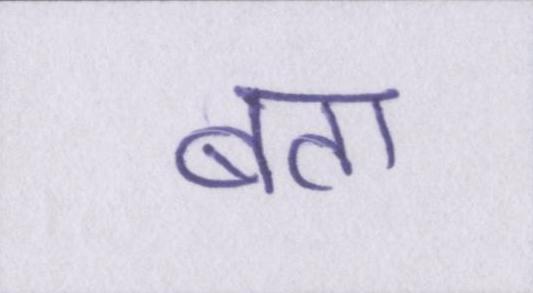
बता